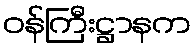
ဝန်ကြီးဋ္ဌာနက